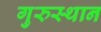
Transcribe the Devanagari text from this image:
गुरुस्थान